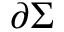
\partial \Sigma